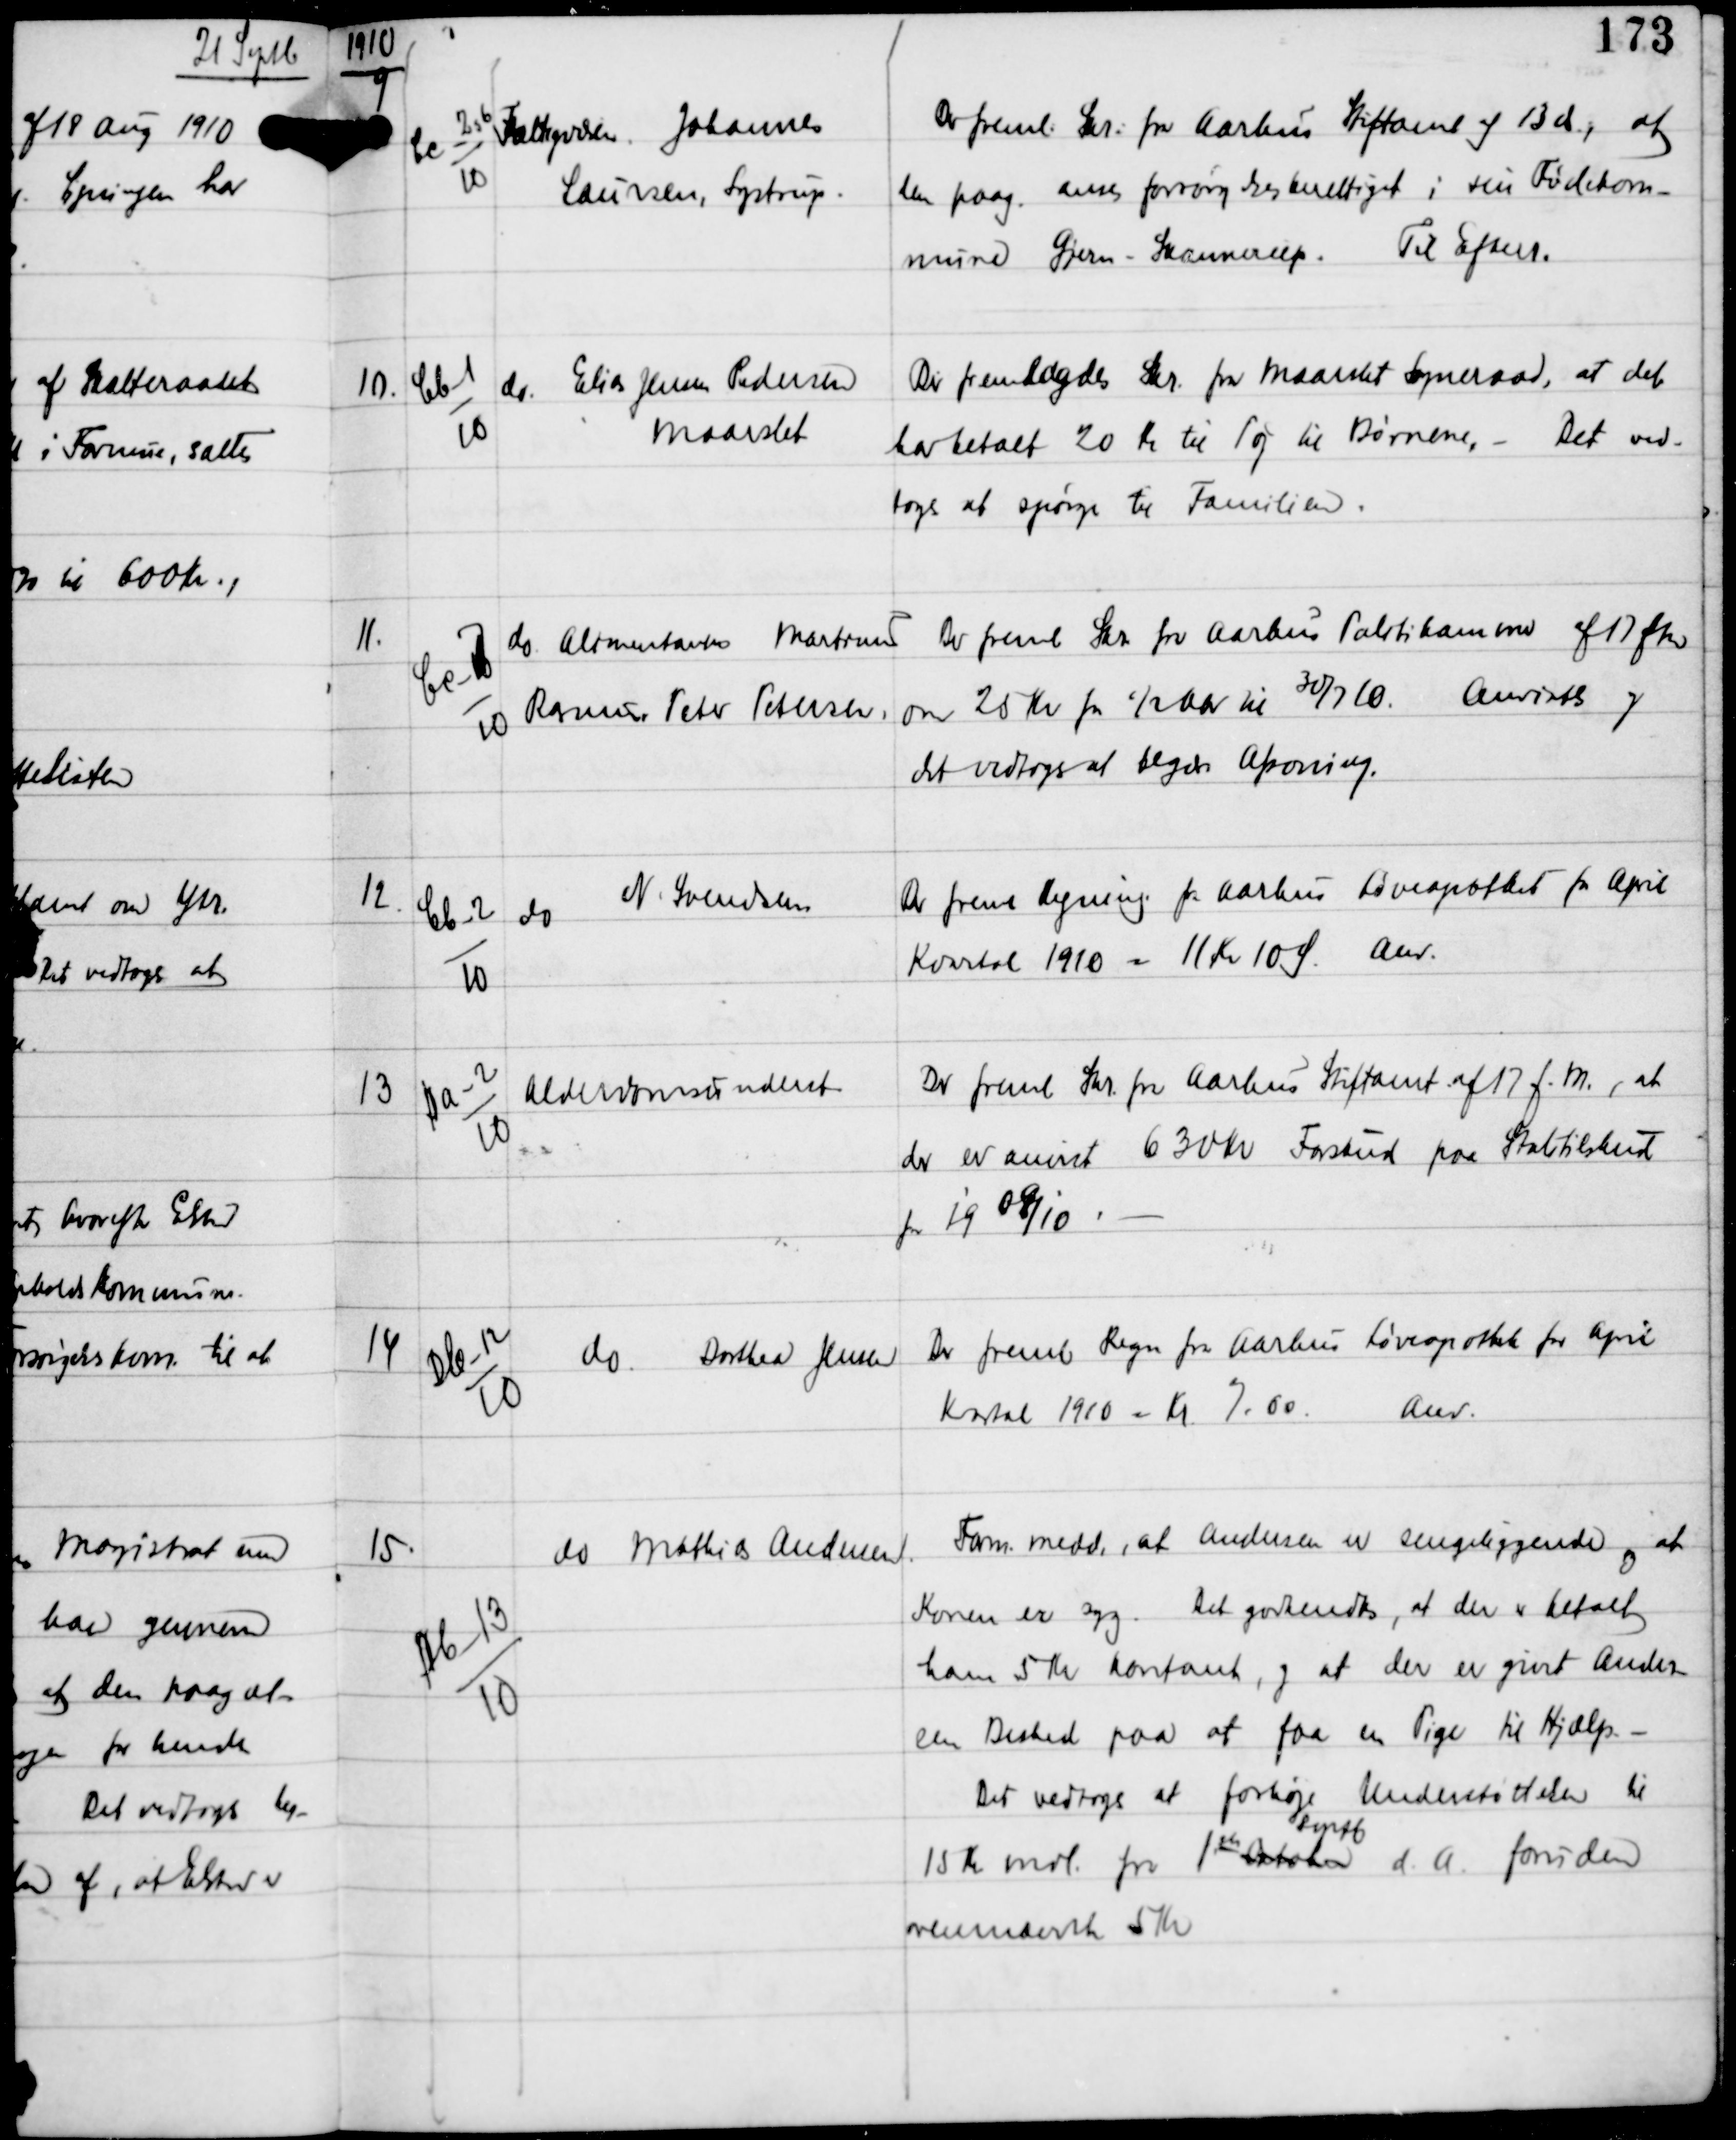
Transskription:
1910

9

Ce 2 og 6
10

Fattigvæsen Johannes
Laursen, Lystrup

Der freml. Skr. fra Aarhus Stiftamt af 13 ds, at
den paag anses forsørgelsesberettiget i sin Fødselskom-
mune. Gjern-Skannerup. Til Efterr.

10.

Cb-1
10

do Elias Jensen Pedersen
Maarslet

Der fremlagdes Skr fra Maarslet Sogneraad, at det
har betalt 20 Kr til Tøj til Børnene, - Det ved-
toges at spørge til Familien.

11.

Ce-7
10

do Alimentanten Martinus
Rasmus Peter Petersen

Der freml Skr fra Aarhus Politikammer af 17 fM
om 25 Kr for ½ Aar til 30/7 10.
Anvistes og
det vedtoges at begære Afsoning.

12.

Cb-2
10

do
N Svendsen

Der freml Regning fra Aarhus Løveapothek fra April
Kvartal 1910 - 11 Kr 10 Ø.
Anv.

13

Da-2
10

Alderdomsunderst

Der freml Skr fra Aarhus Stiftamt af 17 f.M., at
der er anvist 630 Kr Forskud paa Statstilskud
for 19 09/10. -

14

Db-12
10

do
Dorthea Jensen

Der freml Regn fra Aarhus Løveapothek for April
Kvartal 1910 - Kr 7.00.
Anv.

15.

Db-13
10

do Mathias Andersen

Form medd, at Andersen er sengeliggende og at
Konen er syg. Det godkendtes, at der er betalt
ham 5 Kr kontant, og at der er givet Anders-
sen Besked paa at faa en Pige til Hjælp. -
Det vedtoges at forhøje Understøttelsen til
15 Kr mdl fra 1 st Oktober
Septb
d.A. foruden
ovennævnte 5 Kr